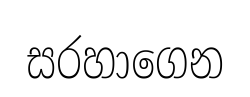
සරහාගෙන